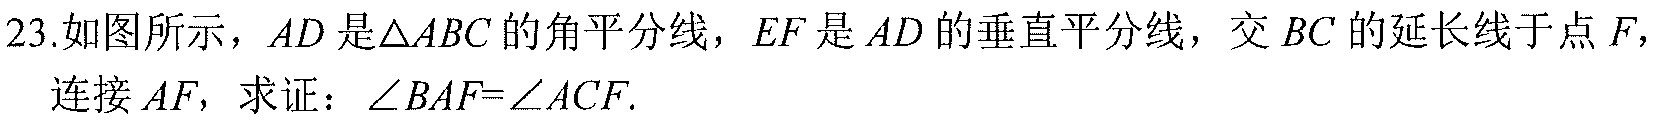
23.如图所示，\(AD\)是\(\triangle ABC\)的角平分线，\(EF\)是\(AD\)的垂直平分线，交\(BC\)的延长线于点\(F\)，连接\(AF\)，求证：\(\angle BAF = \angle ACF\).